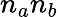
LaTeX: n_{a}n_{b}